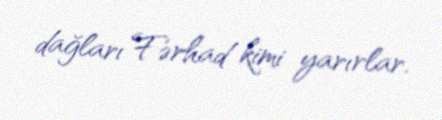
dağları Fərhad kimi yarırlar.